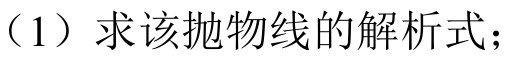
(1) 求该抛物线的解析式；